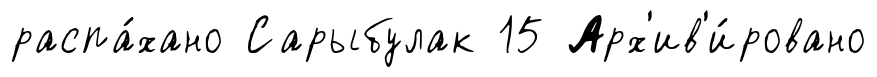
распа́хано Сарыбулак 15 Арх'ив'и́ровано